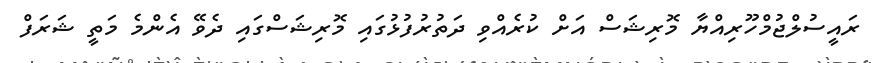
ރައީސުލްޖުމްހޫރިއްޔާ މޮރިޝަސް އަށް ކުރެއްވި ދަތުރުފުޅުގައި މޮރިޝަސްގައި ދެވޭ އެންމެ މަތީ ޝަރަފް